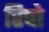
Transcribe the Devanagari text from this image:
रिपो